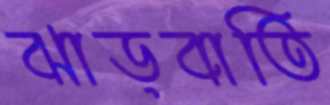
ঝাড়বাতি